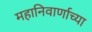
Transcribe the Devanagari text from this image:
महानिवार्णाच्या